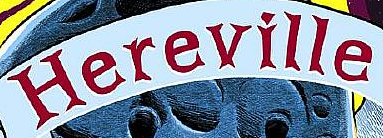
Hereville